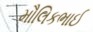
મૌલિકભાઈ